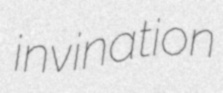
invination